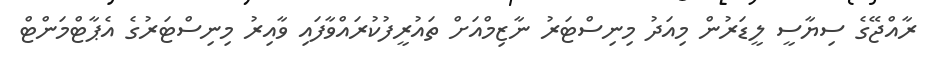
ރާއްޖޭގެ ސިޔާސީ ލީޑަރުން މިއަދު މިނިސްޓަރު ނާޒިމްއަށް ތައުރީފުކުރައްވާފައި ވާއިރު މިނިސްޓަރުގެ އެޕާޓްމަންޓް